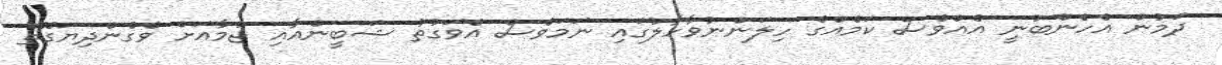
ދަމުން އެހެންބުނީ އެއްވެސް ކަމެއްގެ ހިލަންނުވާހާލުގައި ނަމަވެސް އެވަގުތު ޝަބީންއާއި ޖުމާއަށް ވެގެންދިޔަގޮތް